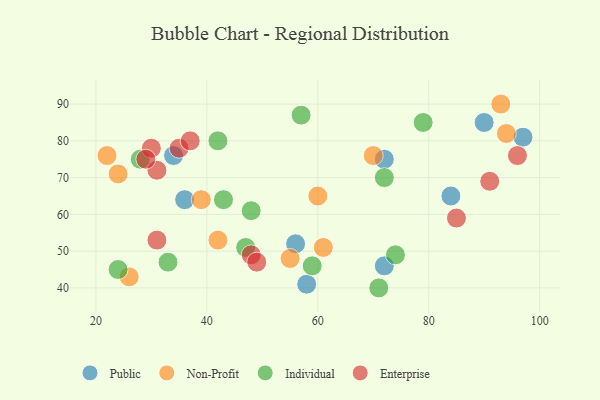
{"axis": {"x": "GDP", "y": "Life Expectancy"}, "legend": ["Enterprise", "Individual", "Non-Profit", "Public"], "data": [{"x": "90", "y": 85, "type": "Public"}, {"x": "56", "y": 52, "type": "Public"}, {"x": "72", "y": 75, "type": "Public"}, {"x": "97", "y": 81, "type": "Public"}, {"x": "72", "y": 46, "type": "Public"}, {"x": "84", "y": 65, "type": "Public"}, {"x": "34", "y": 76, "type": "Public"}, {"x": "36", "y": 64, "type": "Public"}, {"x": "58", "y": 41, "type": "Public"}, {"x": "24", "y": 71, "type": "Non-Profit"}, {"x": "93", "y": 90, "type": "Non-Profit"}, {"x": "61", "y": 51, "type": "Non-Profit"}, {"x": "55", "y": 48, "type": "Non-Profit"}, {"x": "60", "y": 65, "type": "Non-Profit"}, {"x": "39", "y": 64, "type": "Non-Profit"}, {"x": "22", "y": 76, "type": "Non-Profit"}, {"x": "94", "y": 82, "type": "Non-Profit"}, {"x": "70", "y": 76, "type": "Non-Profit"}, {"x": "42", "y": 53, "type": "Non-Profit"}, {"x": "26", "y": 43, "type": "Non-Profit"}, {"x": "72", "y": 70, "type": "Individual"}, {"x": "28", "y": 75, "type": "Individual"}, {"x": "43", "y": 64, "type": "Individual"}, {"x": "42", "y": 80, "type": "Individual"}, {"x": "74", "y": 49, "type": "Individual"}, {"x": "79", "y": 85, "type": "Individual"}, {"x": "33", "y": 47, "type": "Individual"}, {"x": "47", "y": 51, "type": "Individual"}, {"x": "59", "y": 46, "type": "Individual"}, {"x": "48", "y": 61, "type": "Individual"}, {"x": "24", "y": 45, "type": "Individual"}, {"x": "57", "y": 87, "type": "Individual"}, {"x": "71", "y": 40, "type": "Individual"}, {"x": "96", "y": 76, "type": "Enterprise"}, {"x": "31", "y": 53, "type": "Enterprise"}, {"x": "48", "y": 49, "type": "Enterprise"}, {"x": "49", "y": 47, "type": "Enterprise"}, {"x": "35", "y": 78, "type": "Enterprise"}, {"x": "31", "y": 72, "type": "Enterprise"}, {"x": "30", "y": 78, "type": "Enterprise"}, {"x": "37", "y": 80, "type": "Enterprise"}, {"x": "85", "y": 59, "type": "Enterprise"}, {"x": "91", "y": 69, "type": "Enterprise"}, {"x": "29", "y": 75, "type": "Enterprise"}]}